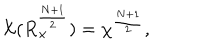
{ \cal X } ( R _ { \times } ^ { \frac { N + 1 } { 2 } } ) = { \chi } ^ { \frac { N + 1 } { 2 } } ,